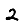
Digit: 2